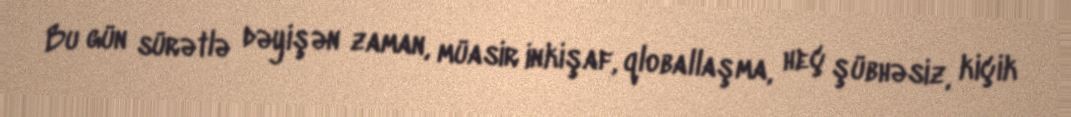
Bu gün sürətlə dəyişən zaman, müasir inkişaf, qloballaşma, heç şübhəsiz, kiçik